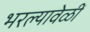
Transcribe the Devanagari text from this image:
भरल्यावेळीं